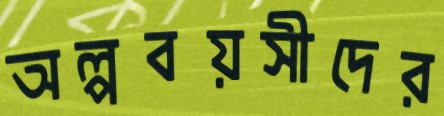
অল্পবয়সীদের